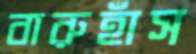
বারুহাঁস